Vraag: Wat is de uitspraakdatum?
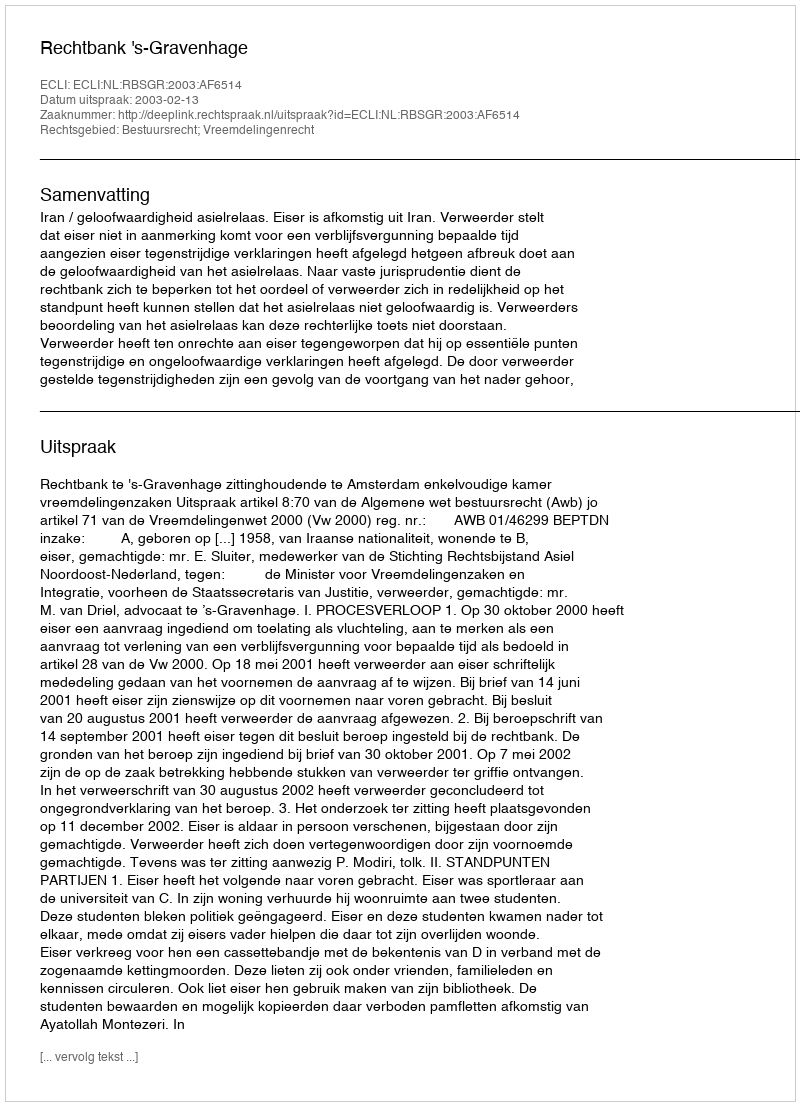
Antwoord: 2003-02-13